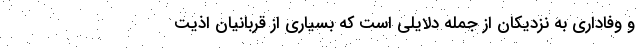
و وفاداری به نزدیکان از جمله دلایلی است که بسیاری از قربانیان اذیت